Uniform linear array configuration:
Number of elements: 8
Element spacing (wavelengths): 0.5
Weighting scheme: hamming
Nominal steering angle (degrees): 45
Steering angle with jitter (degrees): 44.743
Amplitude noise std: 0.05
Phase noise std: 0.05

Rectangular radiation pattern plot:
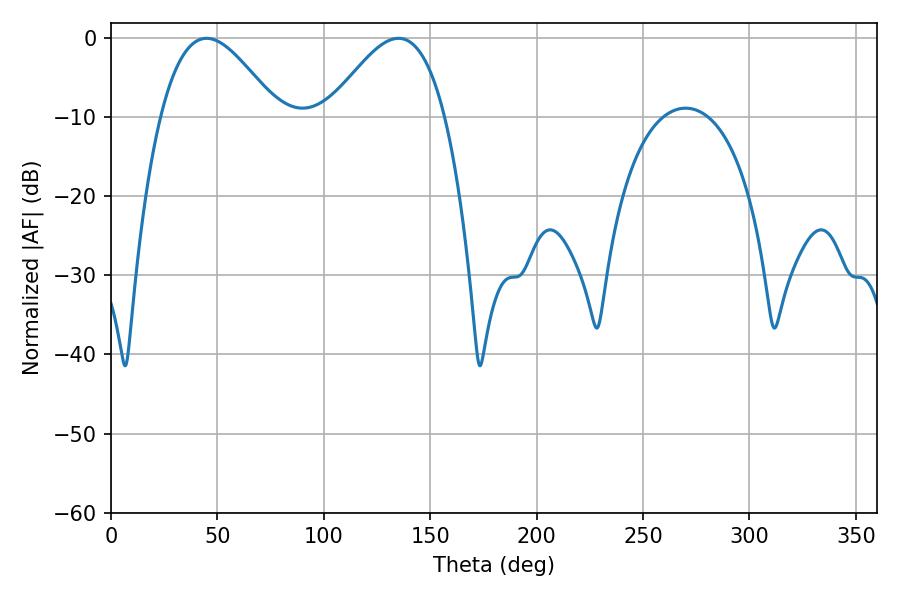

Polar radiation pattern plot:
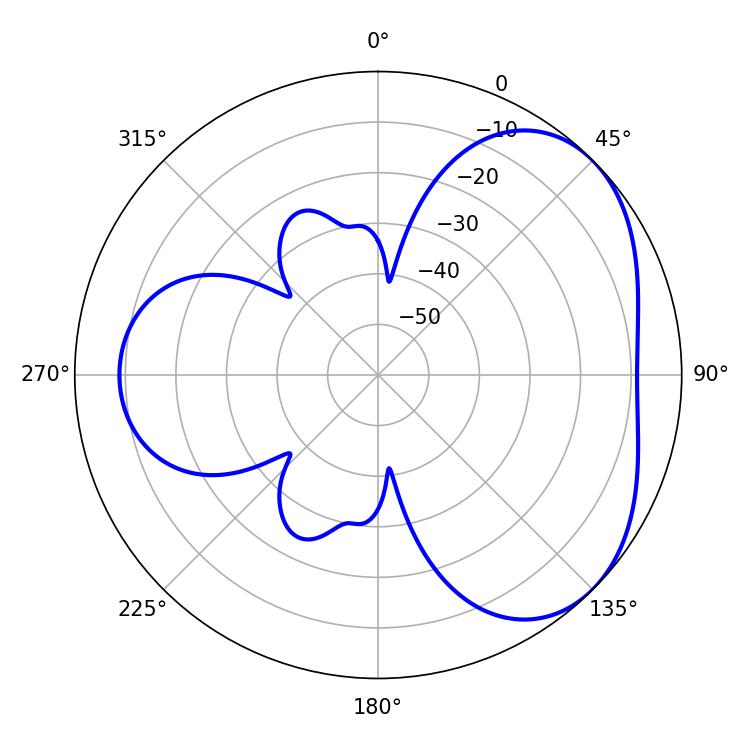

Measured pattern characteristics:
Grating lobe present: FALSE
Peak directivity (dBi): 4.048
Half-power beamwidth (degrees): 29.52
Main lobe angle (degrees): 45